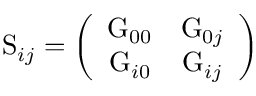
\mathrm { S } _ { i j } = \left( \begin{array} { c c } { { \mathrm { G } _ { 0 0 } } } & { { \mathrm { G } _ { 0 j } } } \\ { { \mathrm { G } _ { i 0 } } } & { { \mathrm { G } _ { i j } } } \end{array} \right)